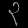
Digit: ၃